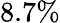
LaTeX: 8.7\%